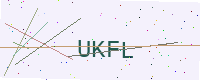
Text: UKFL